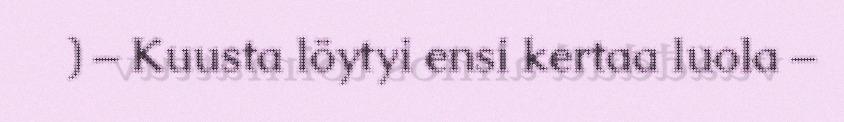
) – Kuusta löytyi ensi kertaa luola –